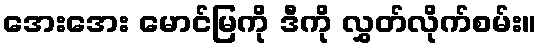
အေးအေး မောင်မြကို ဒီကို လွှတ်လိုက်စမ်း။